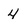
Character: 4